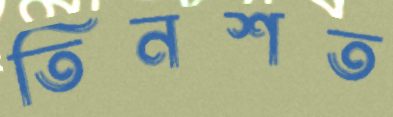
তিনশত